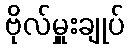
ဗိုလ်မှူးချုပ်